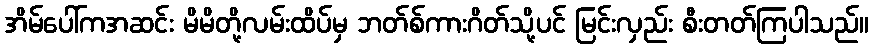
အိမ်ပေါ်ကအဆင်း မိမိတို့လမ်းထိပ်မှ ဘတ်စ်ကားဂိတ်သို့ပင် မြင်းလှည်း စီးတတ်ကြပါသည်။